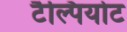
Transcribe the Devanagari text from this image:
टैल्पियोट